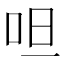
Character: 呾